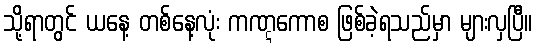
သို့ရာတွင် ယနေ့ တစ်နေ့လုံး ကဏ္ဋကောစ ဖြစ်ခဲ့ရသည်မှာ များလှပြီ။